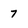
Character: 7